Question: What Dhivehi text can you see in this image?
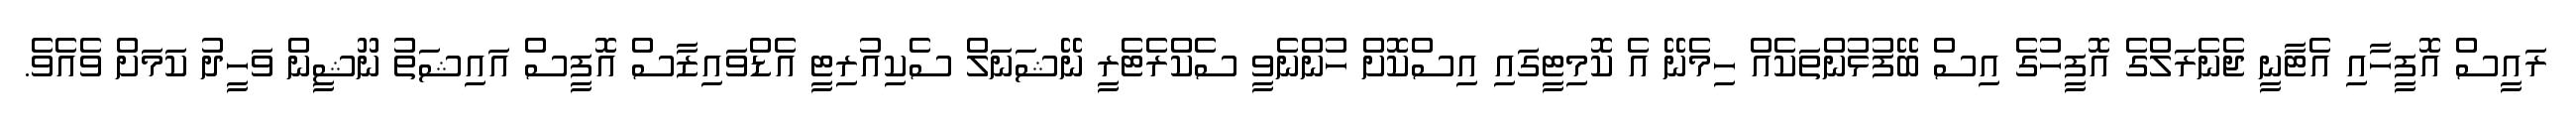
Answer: ރައީސް އޮފީހާއި އެޓާނީ ޖެނެރަލްގެ އޮފީހުގެ އިސް ބޭފުޅުންތަކެއް ހިމެނޭ އެ ކޮމިޓީގައި އިސްކޮށް ހުންނެވީ ސެކްރެޓެރީ ނޭޝަނަލް ސެކިއުރިޓީ އެޑްވައިޒާސް އޮފީސް އައިޝަތު ނޫޝީން ވަހީދު ކަމަށް ވެއެވެ.